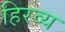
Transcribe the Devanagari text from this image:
हिरव्य